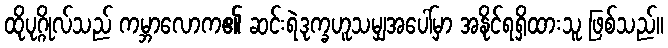
ထိုပုဂ္ဂိုလ်သည် ကမ္ဘာလောက၏ ဆင်းရဲဒုက္ခဟူသမျှအပေါ်မှာ အနိုင်ရရှိထားသူ ဖြစ်သည်။